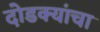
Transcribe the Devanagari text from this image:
दोडक्यांचा